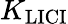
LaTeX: K_{\mathrm{LICI}}